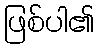
ဖြစ်ပါ၏